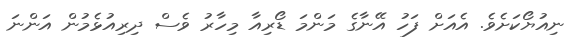
ނިއުޔޯކަށެވެ. އެއަށް ފަހު އޭނާގެ މަންމަ ޑޯރިއާ މިހާރު ވެސް ދިރިއުޅެމުން އަންނަ